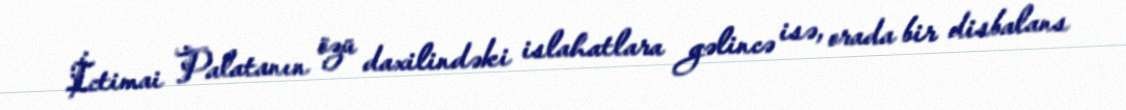
İctimai Palatanın özü daxilindəki islahatlara gəlincə isə, orada bir disbalans